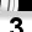
Digit: 3